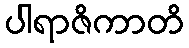
ပါရာဇိကာတိ